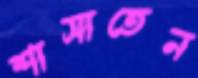
শাসাতেন